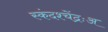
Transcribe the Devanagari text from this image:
स्कंदश्चेंद्रःअ